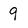
Character: 9